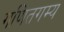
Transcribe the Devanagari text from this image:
गणितगम्य